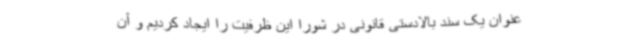
عنوان یک سند بالادستی قانونی در شورا این ظرفیت را ایجاد کردیم و آن